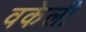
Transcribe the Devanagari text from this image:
वकेली